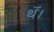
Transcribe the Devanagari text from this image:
थॅ।